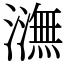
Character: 㶃